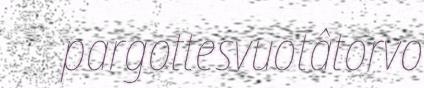
pargottesvuotâtorvo